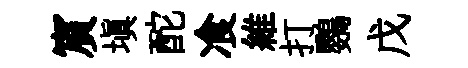
賔填酡飡維打鸚戊